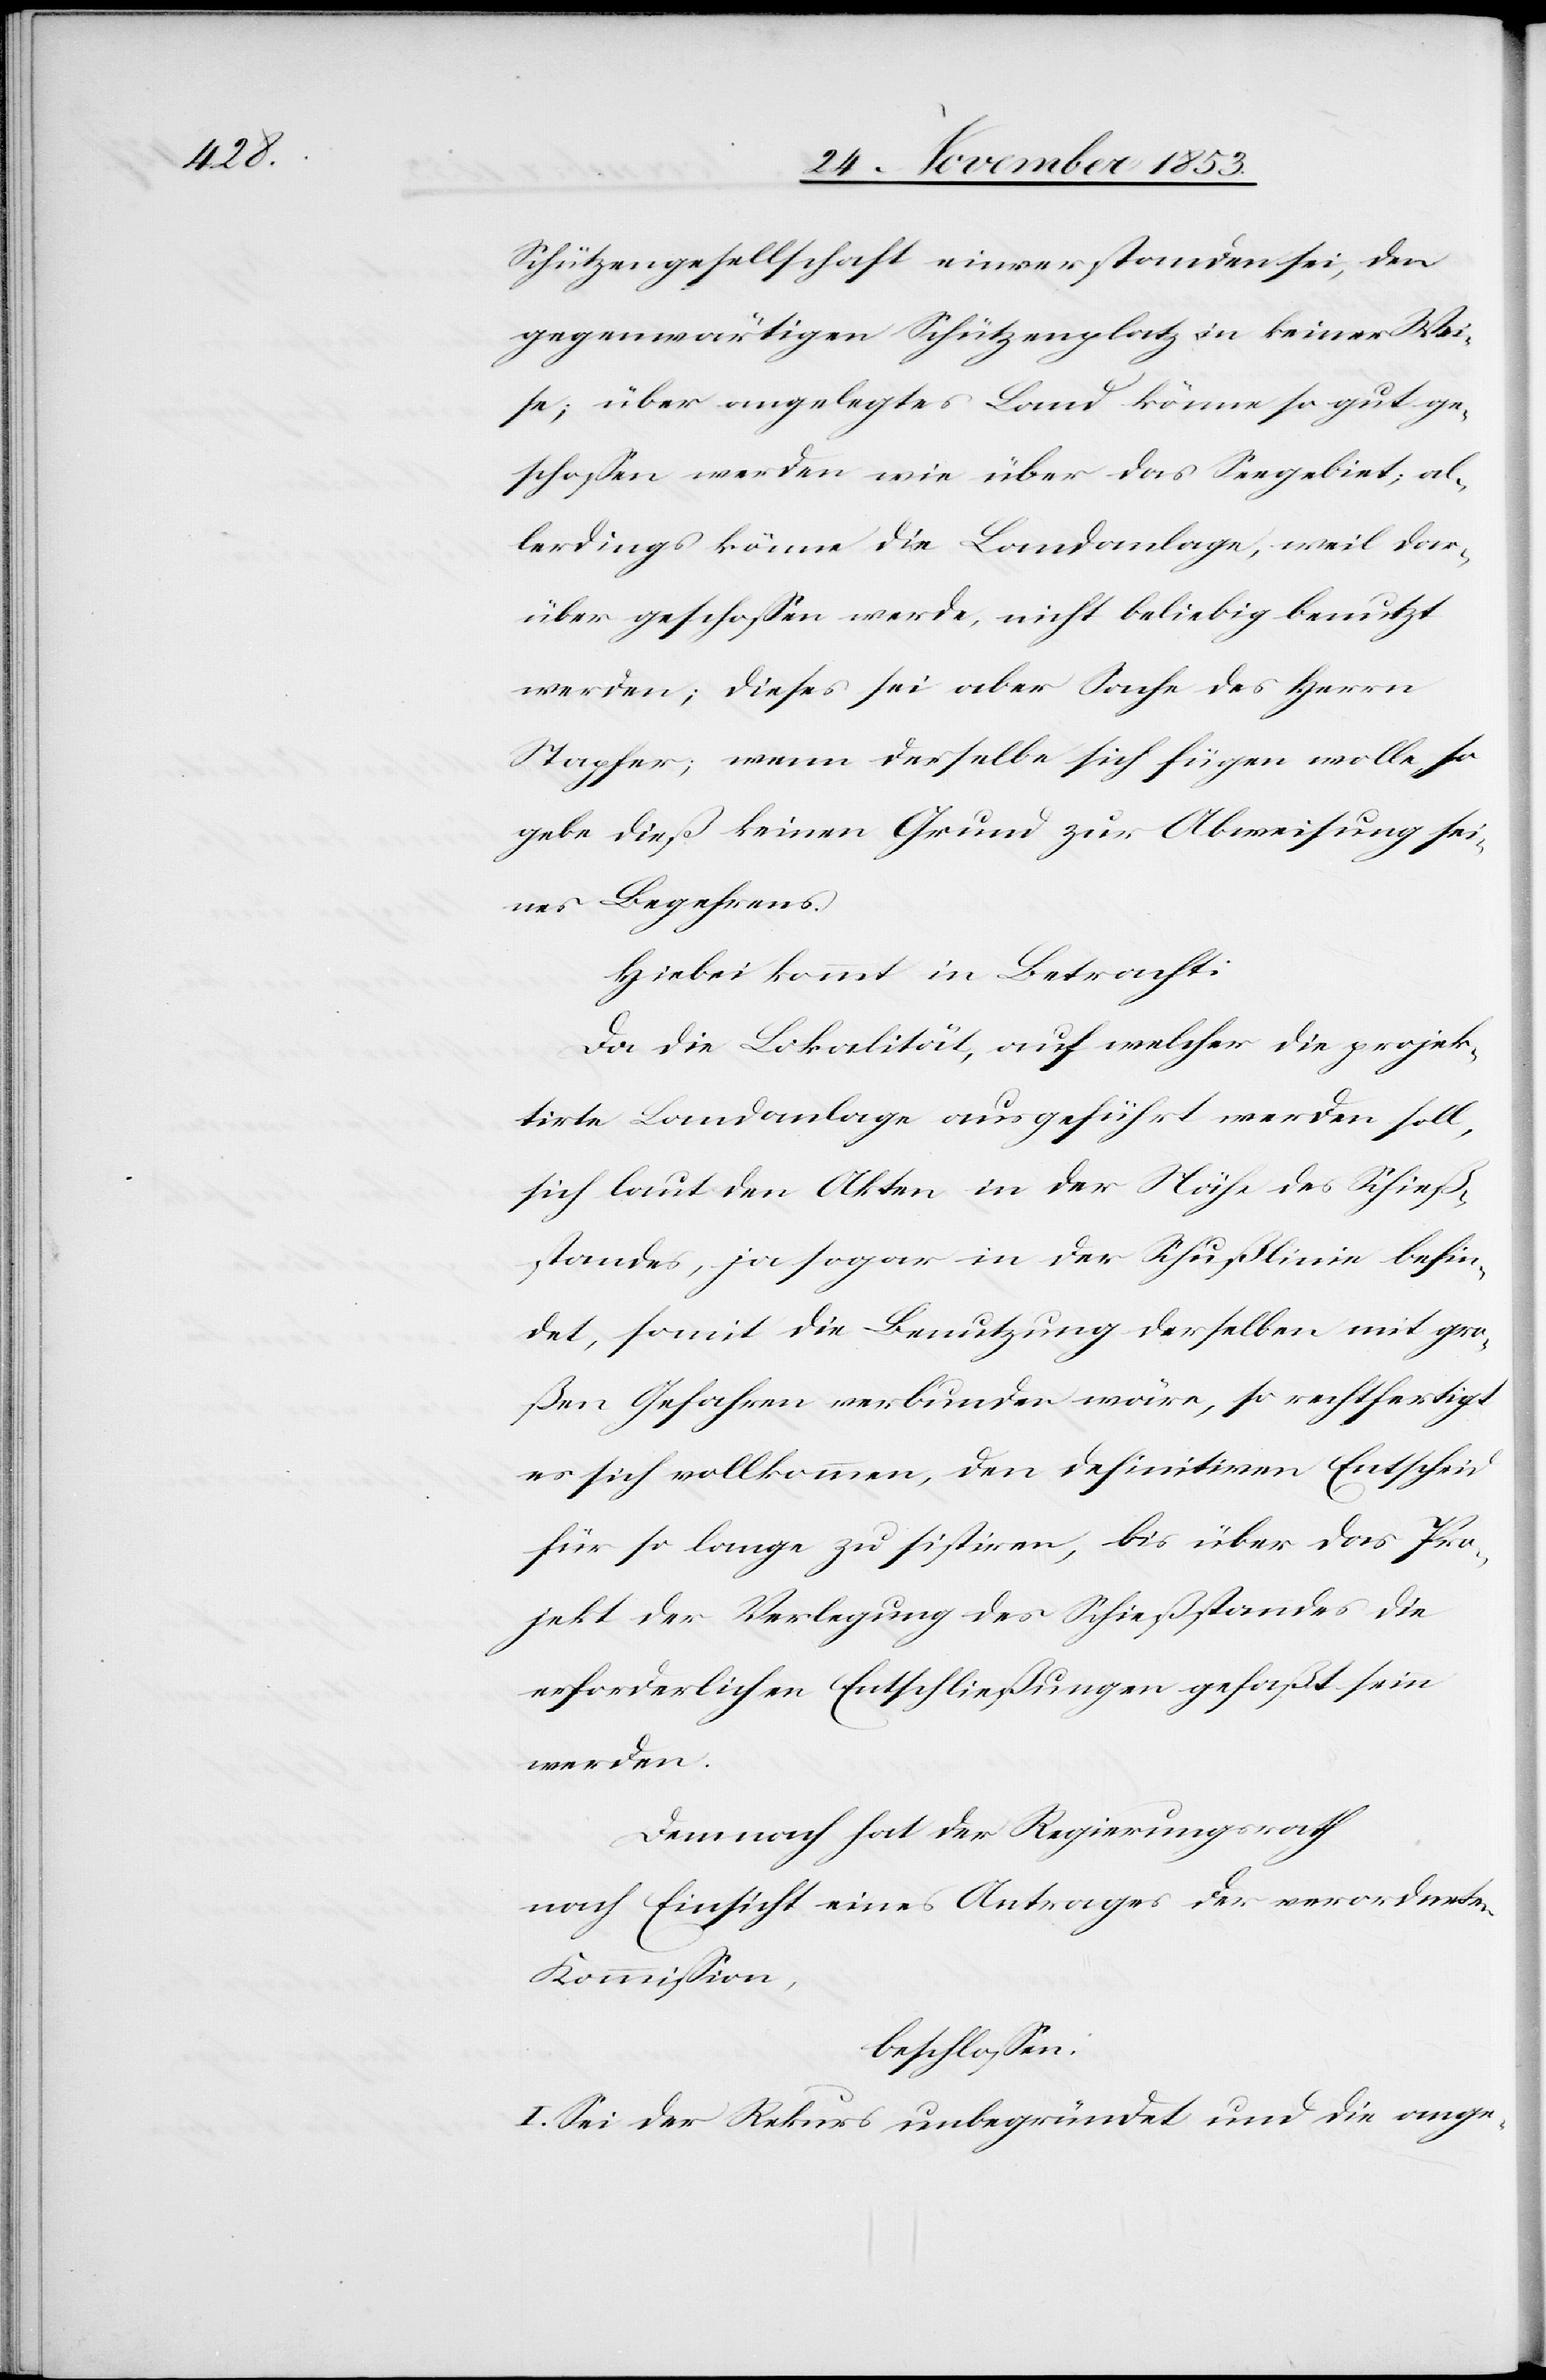
Schützengesellschaft einverstanden sei, den
gegenwärtigen Schützenplatz in keiner Wei¬
se; über angelegtes Land könne so gut ge¬
schoßen werden wie über das Seegebiet, al¬
lerdings könne die Landanlage, weil dar¬
über geschoßen werde, nicht beliebig benutzt
werden; dieses sei aber Sache des Herrn
Stapfer; wenn derselbe sich fügen wolle so
gebe dieß keinen Grund zur Abweisung sei¬
nes Begehrens.
Hiebei kommt in Betracht:
Da die Lokalität, auf welcher die projek¬
tirte Landanlage ausgeführt werden soll,
sich laut den Akten in der Nähe des Schieß¬
standes, ja sogar in der Schußlinie befin¬
det, somit die Benutzung derselben mit gro¬
ßen Gefahren verbunden wäre, so rechtfertigt
es sich vollkommen, den definitiven Entscheid
für so lange zu sistiren, bis über das Pro¬
jekt der Verlegung des Schießstandes die
erforderlichen Entschließungen gefaßt sein
werden.
Demnach hat der Regierungsrath,
nach Einsicht eines Antrages der verordneten
Kommißion,
beschloßen:
I. Sei der Rekurs unbegründet und die ange-